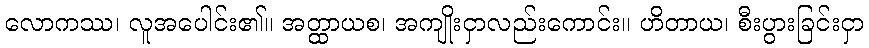
လောကဿ၊ လူအပေါင်း၏။ အတ္ထာယစ၊ အကျိုးငှာလည်းကောင်း။ ဟိတာယ၊ စီးပွားခြင်းငှာ